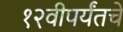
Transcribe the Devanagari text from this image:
१२वीपर्यंतचे